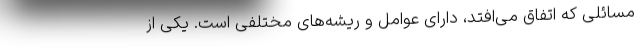
مسائلی که اتفاق می‌افتد، دارای عوامل و ریشه‌های مختلفی است. یکی از